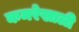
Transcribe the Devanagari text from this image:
कमरेखाली